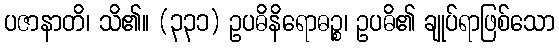
ပဇာနာတိ၊ သိ၏။ (၃၃၁) ဥပဓိနိရောဓဉ္စ၊ ဥပဓိ၏ ချုပ်ရာဖြစ်သော